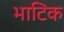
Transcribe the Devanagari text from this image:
भाटिक